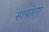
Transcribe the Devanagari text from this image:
साफोला